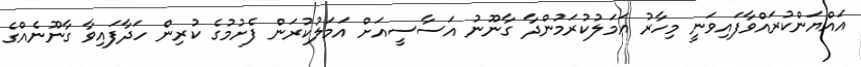
އައްޔަންކުރައްވާފައިވަނީ މިހާރު އަމަލުކުރަމުންދާ ގާނޫނު އަސާސީއަށް އަމަލުކުރަން ފެށުމުގެ ކުރިން ހަދާފައިވާ ގާނޫނެއްގެ